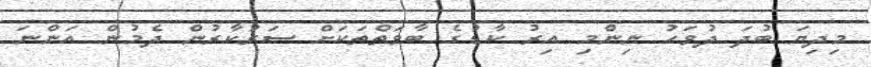
މިދިޔަ ބުދަ ދުވަހު ނިންމި އިރު ކާޑުގެ ބާވަތްތަކަށް ސަރުކާރުން ދެމުން އަންނަ